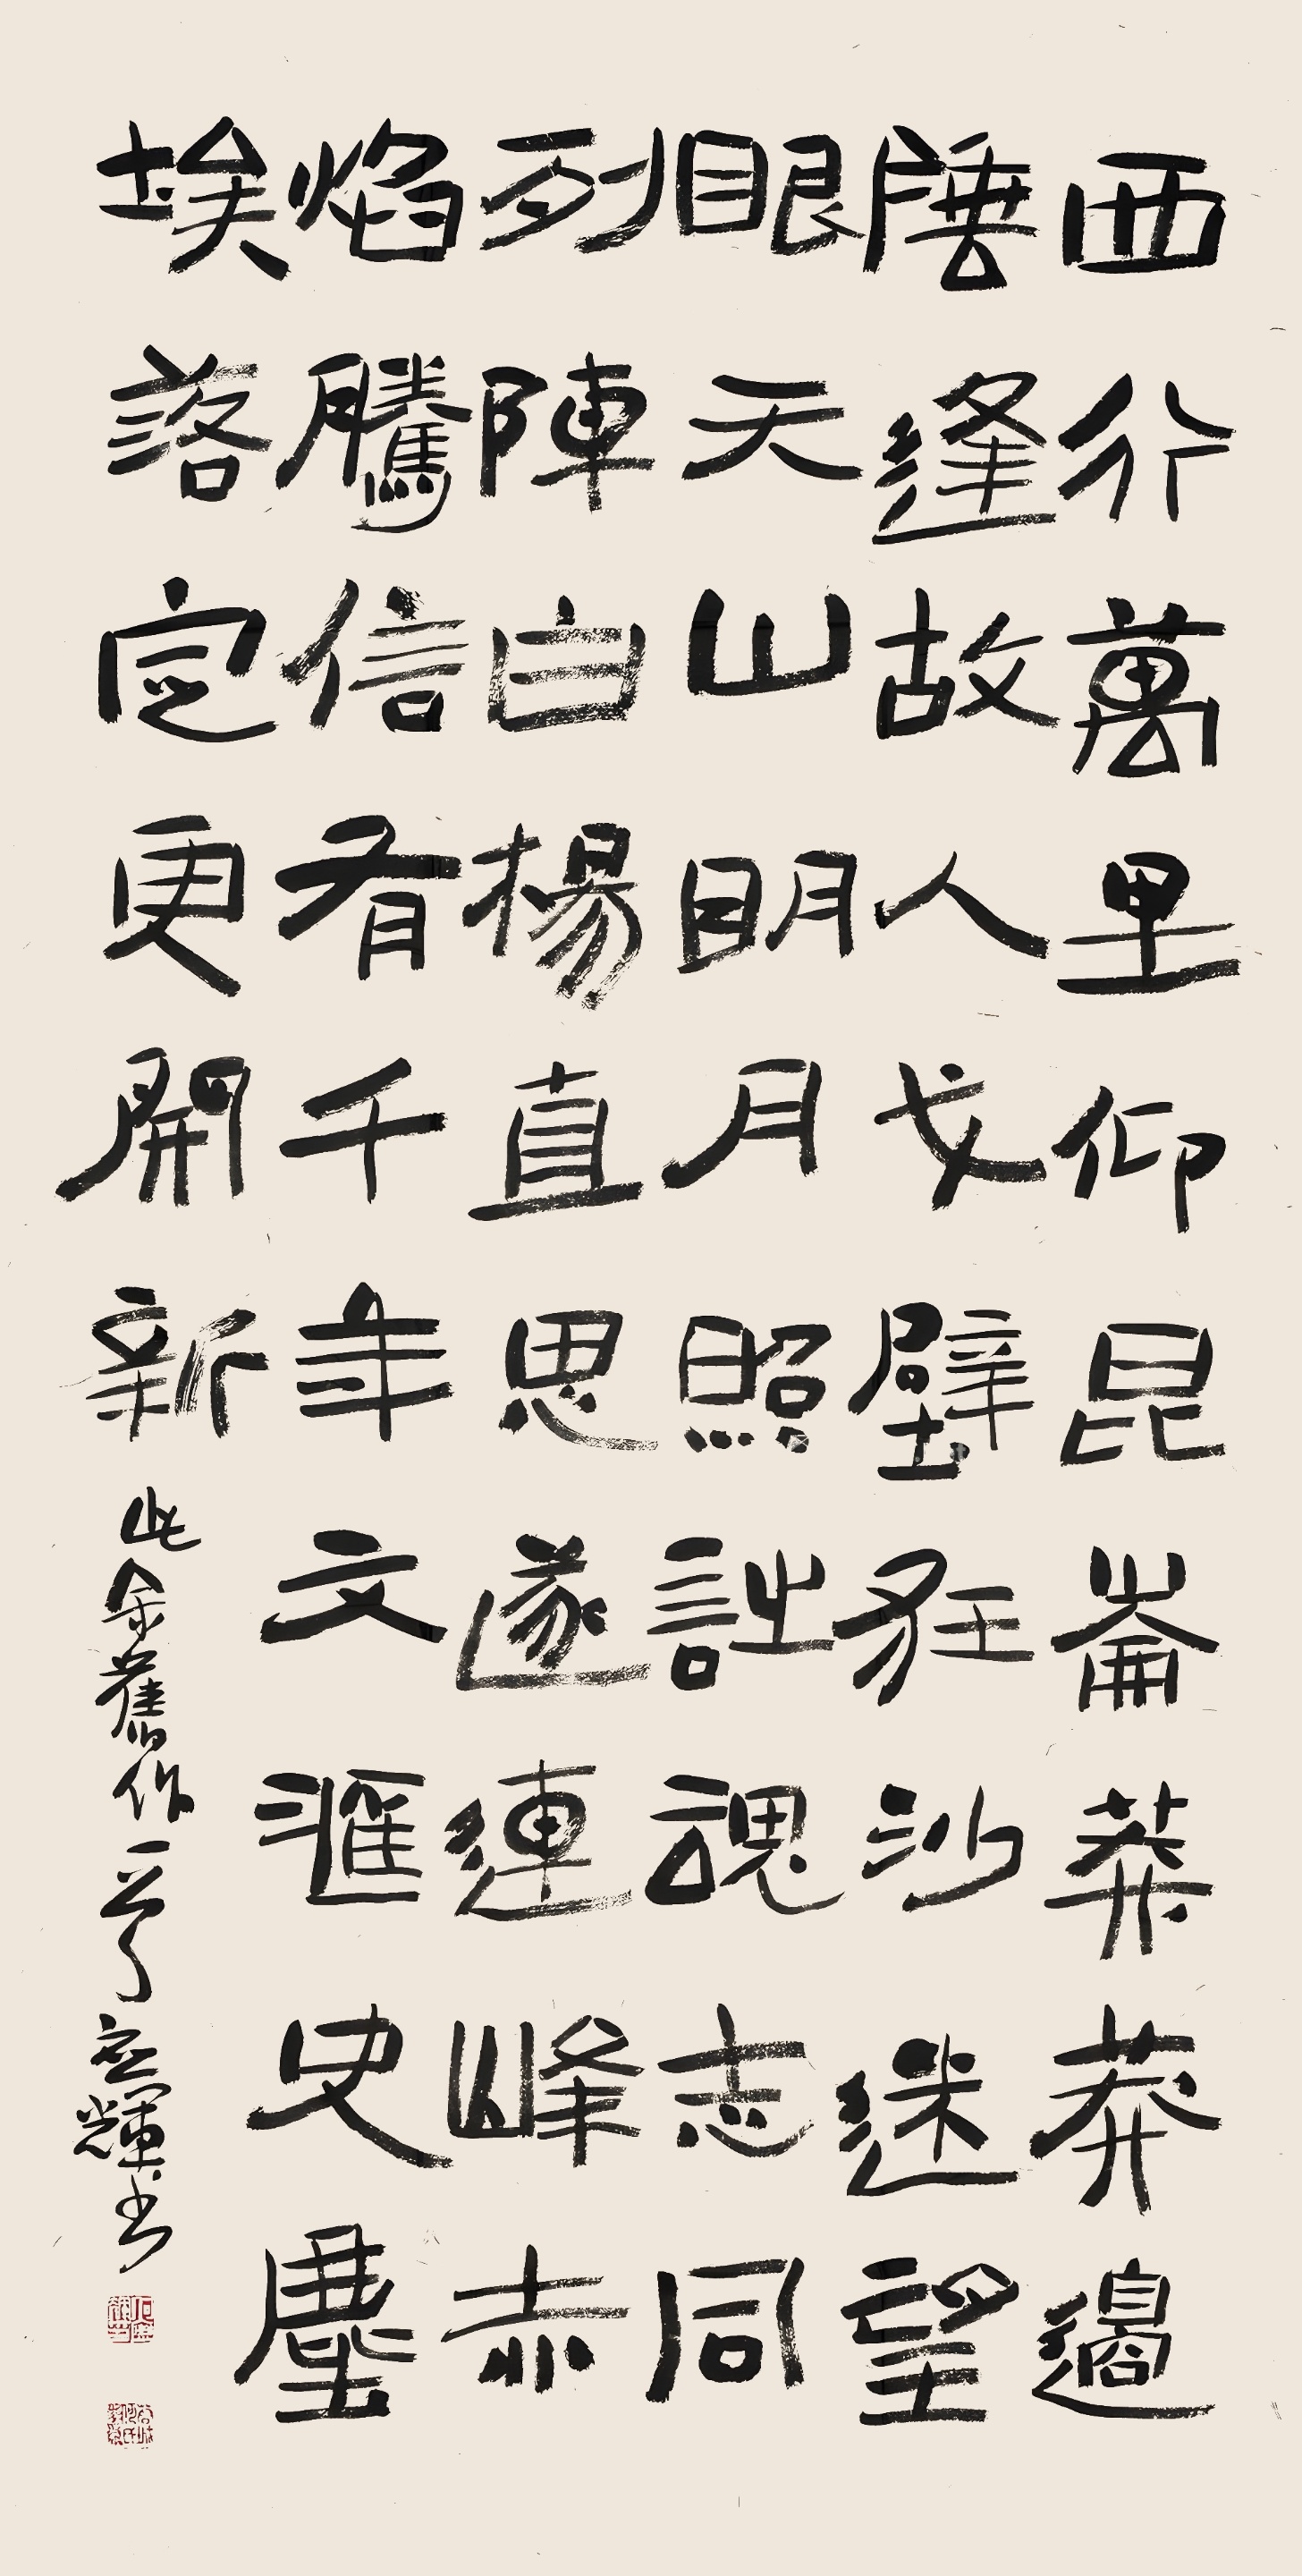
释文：西行万里仰昆仑，莽莽边陲逢故人。戈壁狂沙迷望眼，天山明月照止魂，志同列阵白杨直，思遂连峰赤焰腾。信有千年六汇史，尘埃落定更开新。此余旧作一首，应辉书。